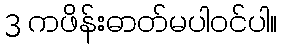
3 ကဖိန်းဓာတ်မပါဝင်ပါ။